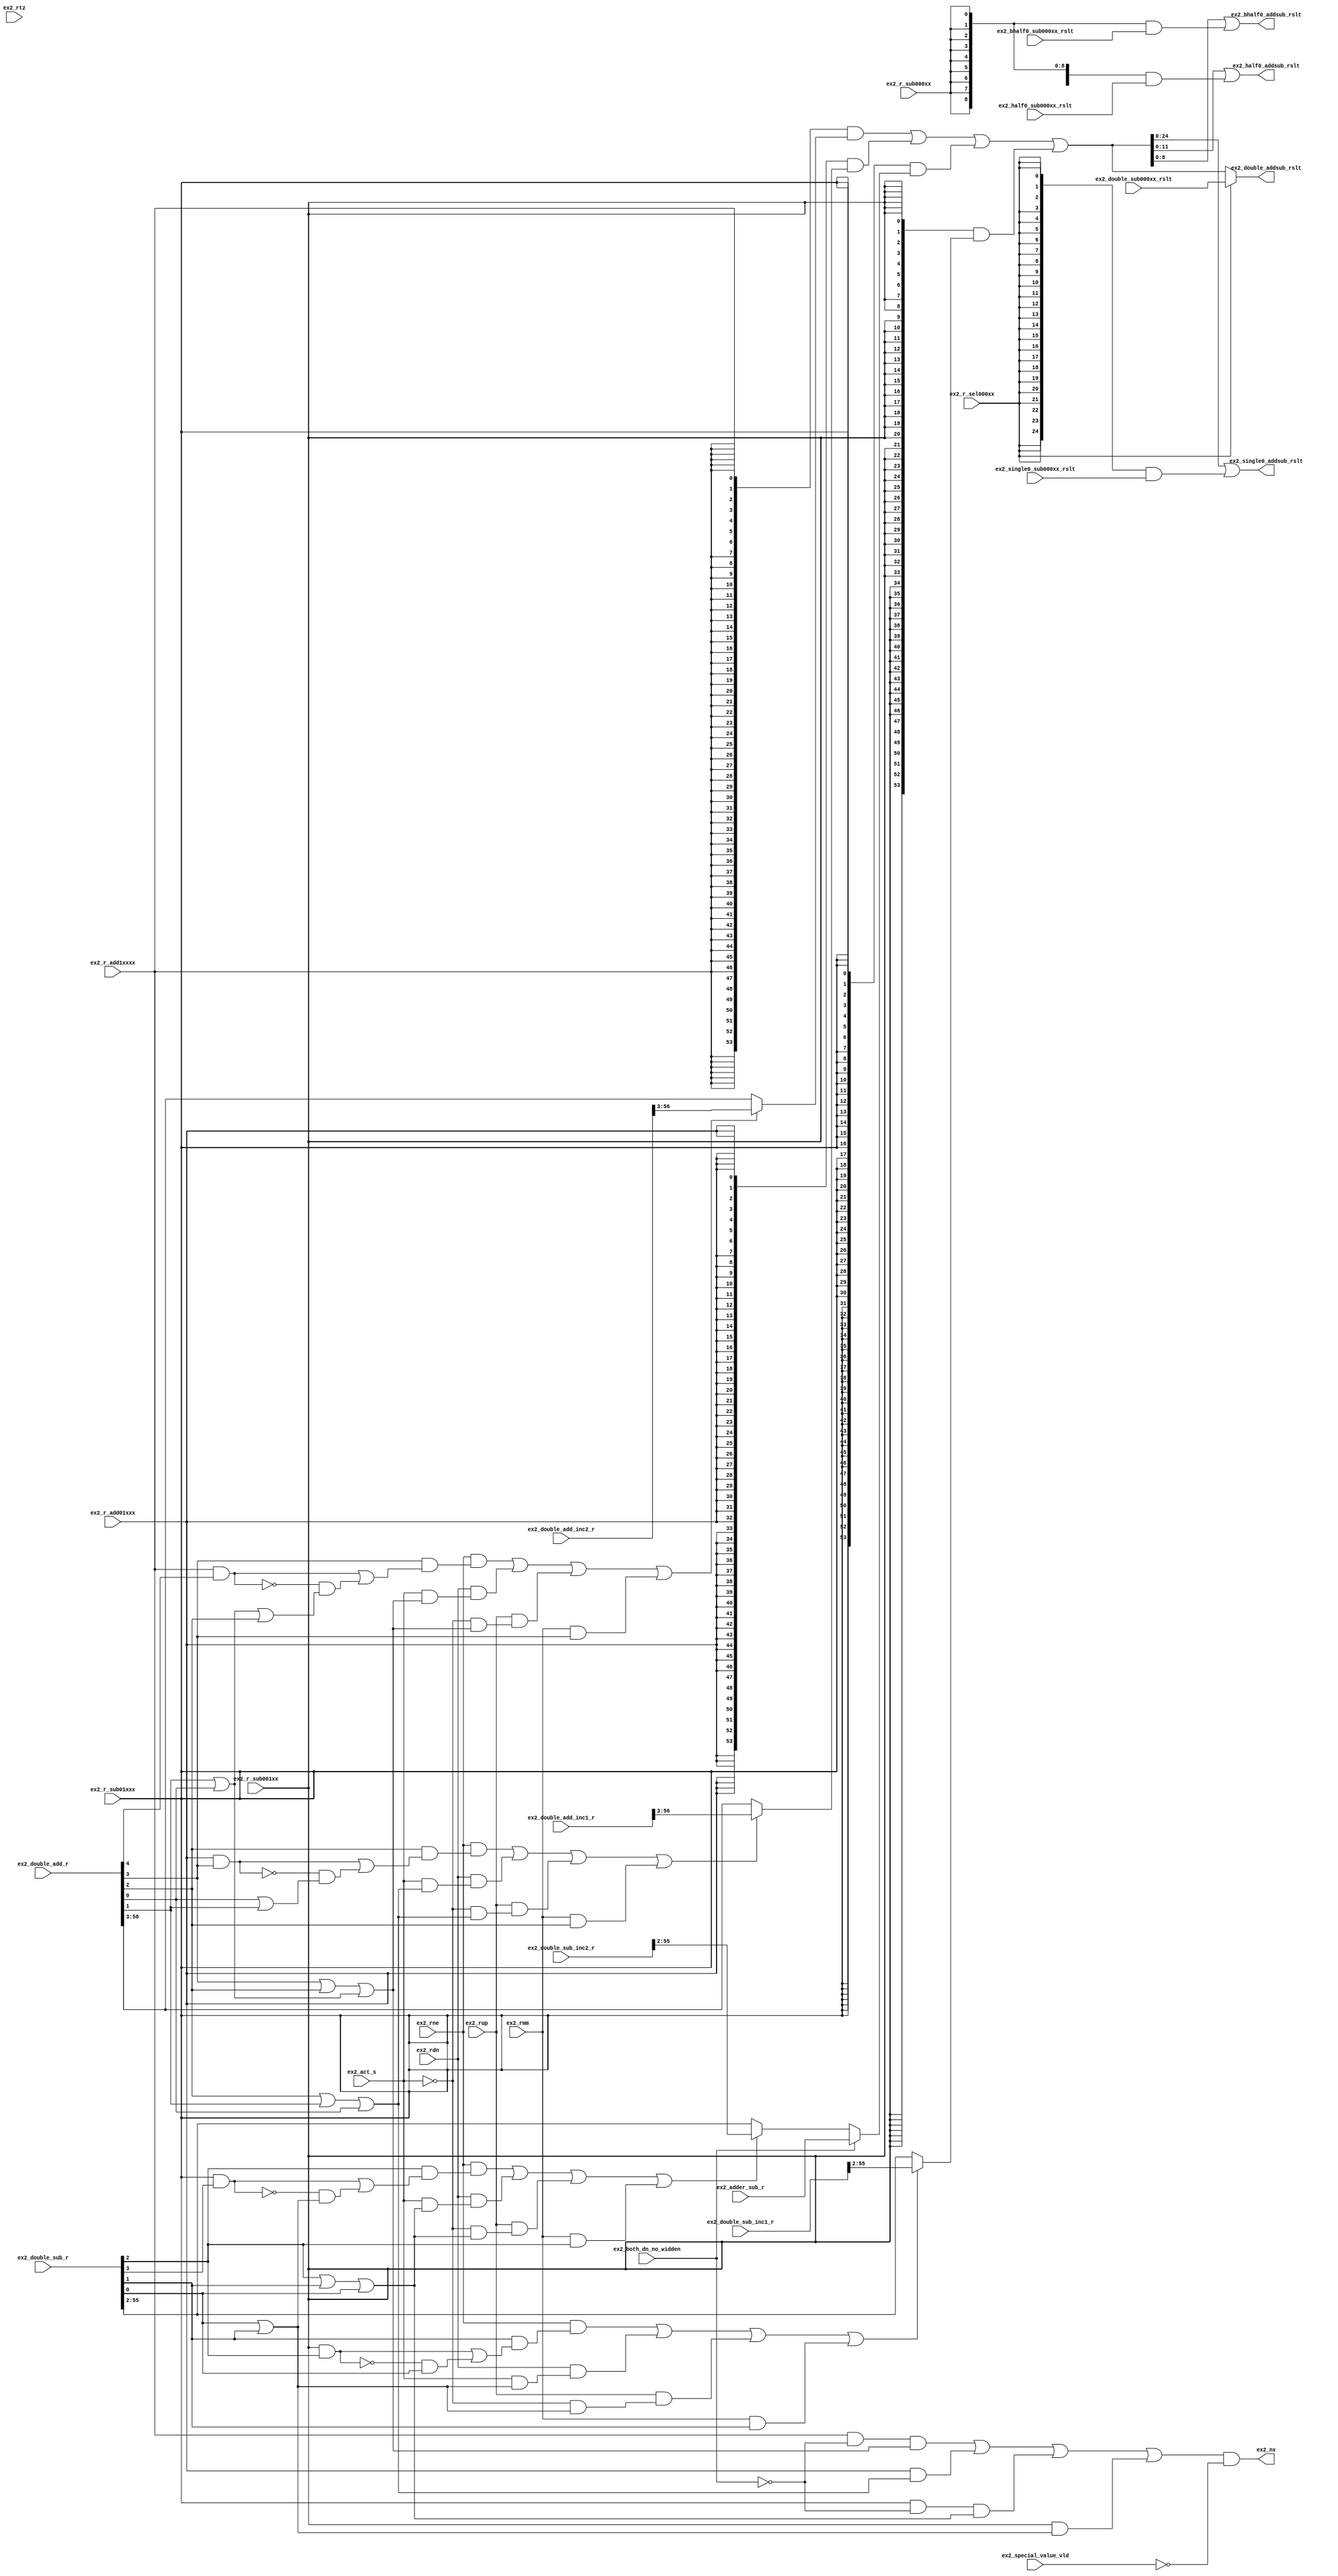
// This program was cloned from: https://github.com/T-head-Semi/openc906
// License: Apache License 2.0

/*Copyright 2020-2021 T-Head Semiconductor Co., Ltd.

Licensed under the Apache License, Version 2.0 (the "License");
you may not use this file except in compliance with the License.
You may obtain a copy of the License at

    http://www.apache.org/licenses/LICENSE-2.0

Unless required by applicable law or agreed to in writing, software
distributed under the License is distributed on an "AS IS" BASIS,
WITHOUT WARRANTIES OR CONDITIONS OF ANY KIND, either express or implied.
See the License for the specific language governing permissions and
limitations under the License.
*/

// &ModuleBeg; @26
module aq_fadd_double_round(
  ex2_act_s,
  ex2_adder_sub_r,
  ex2_bhalf0_addsub_rslt,
  ex2_bhalf0_sub000xx_rslt,
  ex2_both_dn_no_widden,
  ex2_double_add_inc1_r,
  ex2_double_add_inc2_r,
  ex2_double_add_r,
  ex2_double_addsub_rslt,
  ex2_double_sub000xx_rslt,
  ex2_double_sub_inc1_r,
  ex2_double_sub_inc2_r,
  ex2_double_sub_r,
  ex2_half0_addsub_rslt,
  ex2_half0_sub000xx_rslt,
  ex2_nx,
  ex2_r_add01xxx,
  ex2_r_add1xxxx,
  ex2_r_sel000xx,
  ex2_r_sub000xx,
  ex2_r_sub001xx,
  ex2_r_sub01xxx,
  ex2_rdn,
  ex2_rmm,
  ex2_rne,
  ex2_rtz,
  ex2_rup,
  ex2_single0_addsub_rslt,
  ex2_single0_sub000xx_rslt,
  ex2_special_value_vld
);

// &Ports; @27
input           ex2_act_s;                
input   [53:0]  ex2_adder_sub_r;          
input   [8 :0]  ex2_bhalf0_sub000xx_rslt; 
input           ex2_both_dn_no_widden;    
input   [56:0]  ex2_double_add_inc1_r;    
input   [56:0]  ex2_double_add_inc2_r;    
input   [56:0]  ex2_double_add_r;         
input   [53:0]  ex2_double_sub000xx_rslt; 
input   [56:0]  ex2_double_sub_inc1_r;    
input   [56:0]  ex2_double_sub_inc2_r;    
input   [56:0]  ex2_double_sub_r;         
input   [11:0]  ex2_half0_sub000xx_rslt;  
input           ex2_r_add01xxx;           
input           ex2_r_add1xxxx;           
input           ex2_r_sel000xx;           
input           ex2_r_sub000xx;           
input           ex2_r_sub001xx;           
input           ex2_r_sub01xxx;           
input           ex2_rdn;                  
input           ex2_rmm;                  
input           ex2_rne;                  
input           ex2_rtz;                  
input           ex2_rup;                  
input   [24:0]  ex2_single0_sub000xx_rslt; 
input           ex2_special_value_vld;    
output  [8 :0]  ex2_bhalf0_addsub_rslt;   
output  [53:0]  ex2_double_addsub_rslt;   
output  [11:0]  ex2_half0_addsub_rslt;    
output          ex2_nx;                   
output  [24:0]  ex2_single0_addsub_rslt;  

// &Regs; @28

// &Wires; @29
wire            ex2_act_s;                
wire            ex2_add01xxx_rdn_inc1;    
wire            ex2_add01xxx_rmm_inc1;    
wire            ex2_add01xxx_rne_inc1;    
wire            ex2_add01xxx_round_g;     
wire            ex2_add01xxx_round_inc1;  
wire            ex2_add01xxx_round_l;     
wire            ex2_add01xxx_round_r;     
wire            ex2_add01xxx_round_s;     
wire    [53:0]  ex2_add01xxx_rslt;        
wire            ex2_add01xxx_rtz_inc1;    
wire            ex2_add01xxx_rup_inc1;    
wire            ex2_add1xxxx_rdn_inc1;    
wire            ex2_add1xxxx_rmm_inc1;    
wire            ex2_add1xxxx_rne_inc1;    
wire            ex2_add1xxxx_round_g;     
wire            ex2_add1xxxx_round_inc1;  
wire            ex2_add1xxxx_round_l;     
wire            ex2_add1xxxx_round_r;     
wire            ex2_add1xxxx_round_s;     
wire    [53:0]  ex2_add1xxxx_rslt;        
wire            ex2_add1xxxx_rtz_inc1;    
wire            ex2_add1xxxx_rup_inc1;    
wire    [53:0]  ex2_adder_sub_r;          
wire    [8 :0]  ex2_bhalf0_addsub_rslt;   
wire    [8 :0]  ex2_bhalf0_sub000xx_rslt; 
wire            ex2_both_dn_no_widden;    
wire    [56:0]  ex2_double_add_inc1_r;    
wire    [56:0]  ex2_double_add_inc2_r;    
wire    [56:0]  ex2_double_add_r;         
wire    [53:0]  ex2_double_addsub_rslt;   
wire    [53:0]  ex2_double_sub000xx_rslt; 
wire    [56:0]  ex2_double_sub_inc1_r;    
wire    [56:0]  ex2_double_sub_inc2_r;    
wire    [56:0]  ex2_double_sub_r;         
wire    [11:0]  ex2_half0_addsub_rslt;    
wire    [11:0]  ex2_half0_sub000xx_rslt;  
wire            ex2_nx;                   
wire            ex2_r_add01xxx;           
wire            ex2_r_add1xxxx;           
wire            ex2_r_sel000xx;           
wire            ex2_r_sub000xx;           
wire            ex2_r_sub001xx;           
wire            ex2_r_sub01xxx;           
wire            ex2_rdn;                  
wire            ex2_rmm;                  
wire            ex2_rne;                  
wire            ex2_rtz;                  
wire            ex2_rup;                  
wire    [24:0]  ex2_single0_addsub_rslt;  
wire    [24:0]  ex2_single0_sub000xx_rslt; 
wire            ex2_special_value_vld;    
wire            ex2_sub001xx_rdn_inc1;    
wire            ex2_sub001xx_rmm_inc1;    
wire            ex2_sub001xx_rne_inc1;    
wire            ex2_sub001xx_round_g;     
wire            ex2_sub001xx_round_inc1;  
wire            ex2_sub001xx_round_l;     
wire            ex2_sub001xx_round_r;     
wire            ex2_sub001xx_round_s;     
wire    [53:0]  ex2_sub001xx_rslt;        
wire            ex2_sub001xx_rtz_inc1;    
wire            ex2_sub001xx_rup_inc1;    
wire            ex2_sub01xxx_rdn_inc1;    
wire            ex2_sub01xxx_rmm_inc1;    
wire            ex2_sub01xxx_rne_inc1;    
wire            ex2_sub01xxx_round_g;     
wire            ex2_sub01xxx_round_inc1;  
wire            ex2_sub01xxx_round_l;     
wire            ex2_sub01xxx_round_r;     
wire            ex2_sub01xxx_round_s;     
wire    [53:0]  ex2_sub01xxx_rslt;        
wire            ex2_sub01xxx_rtz_inc1;    
wire            ex2_sub01xxx_rup_inc1;    
wire    [53:0]  tmp_rnd_path_rslt;        



// &Force("bus","ex2_double_add_inc1_r",56,0); @32
// &Force("bus","ex2_double_add_inc2_r",56,0); @33
// &Force("bus","ex2_double_sub_inc1_r",56,0); @34
// &Force("bus","ex2_double_sub_inc2_r",56,0); @35
// &Force("bus","ex2_double_sub_r",56,0); @36
assign ex2_add1xxxx_round_g  = ex2_double_add_r[3]; 
assign ex2_sub001xx_round_g  = ex2_double_sub_r[1]; 
assign ex2_add01xxx_round_g  = ex2_double_add_r[2];
assign ex2_sub01xxx_round_g  = ex2_double_sub_r[2];

assign ex2_add1xxxx_round_r  = ex2_double_add_r[2];
assign ex2_sub001xx_round_r  = ex2_double_sub_r[0];
assign ex2_add01xxx_round_r  = ex2_double_add_r[1];
assign ex2_sub01xxx_round_r  = ex2_double_sub_r[1];

assign ex2_add1xxxx_round_s  = (ex2_double_add_r[1]  
                                | ex2_double_add_r[0]);
assign ex2_sub001xx_round_s  = 1'b0;
assign ex2_add01xxx_round_s  = ex2_double_add_r[0];
assign ex2_sub01xxx_round_s  = ex2_double_sub_r[0];

assign ex2_add1xxxx_round_l  = ex2_r_add1xxxx & ex2_double_add_r[4]; 
assign ex2_sub001xx_round_l  = ex2_r_sub001xx & ex2_double_sub_r[2];
assign ex2_add01xxx_round_l  = ex2_r_add01xxx & ex2_double_add_r[3]; 
assign ex2_sub01xxx_round_l  = ex2_r_sub01xxx & ex2_double_sub_r[3];



assign ex2_add1xxxx_rne_inc1   = ex2_add1xxxx_round_g && 
                                (ex2_add1xxxx_round_l 
                                 || !ex2_add1xxxx_round_l && 
                                    (ex2_add1xxxx_round_s || ex2_add1xxxx_round_r));
assign ex2_add1xxxx_rtz_inc1   = 1'b0;
assign ex2_add1xxxx_rdn_inc1   = ex2_act_s  && (ex2_add1xxxx_round_g || ex2_add1xxxx_round_r || ex2_add1xxxx_round_s);
assign ex2_add1xxxx_rup_inc1   = !ex2_act_s && (ex2_add1xxxx_round_g || ex2_add1xxxx_round_r || ex2_add1xxxx_round_s);
assign ex2_add1xxxx_rmm_inc1   = ex2_add1xxxx_round_g;
assign ex2_add1xxxx_round_inc1 = ex2_rne && ex2_add1xxxx_rne_inc1 ||
                                 ex2_rtz && ex2_add1xxxx_rtz_inc1 ||
                                 ex2_rdn && ex2_add1xxxx_rdn_inc1 ||
                                 ex2_rup && ex2_add1xxxx_rup_inc1 ||
                                 ex2_rmm && ex2_add1xxxx_rmm_inc1;
//add 1.xxxx round 
assign ex2_add01xxx_rne_inc1 = ex2_add01xxx_round_g && 
                              (ex2_add01xxx_round_l 
                               || !ex2_add01xxx_round_l && 
                                  (ex2_add01xxx_round_s || ex2_add01xxx_round_r));
assign ex2_add01xxx_rtz_inc1 = 1'b0;
assign ex2_add01xxx_rdn_inc1 = ex2_act_s  && (ex2_add01xxx_round_g || ex2_add01xxx_round_r || ex2_add01xxx_round_s);
assign ex2_add01xxx_rup_inc1 = !ex2_act_s && (ex2_add01xxx_round_g || ex2_add01xxx_round_r || ex2_add01xxx_round_s);
assign ex2_add01xxx_rmm_inc1 = ex2_add01xxx_round_g;
assign ex2_add01xxx_round_inc1 = ex2_rne && ex2_add01xxx_rne_inc1 ||
                                 ex2_rtz && ex2_add01xxx_rtz_inc1 ||
                                 ex2_rdn && ex2_add01xxx_rdn_inc1 ||
                                 ex2_rup && ex2_add01xxx_rup_inc1 ||
                                 ex2_rmm && ex2_add01xxx_rmm_inc1;
// add sub1.xxxx round                        
assign ex2_sub01xxx_rne_inc1 = ex2_sub01xxx_round_g && 
                              (ex2_sub01xxx_round_l 
                               || !ex2_sub01xxx_round_l && 
                                  (ex2_sub01xxx_round_s || ex2_sub01xxx_round_r));
assign ex2_sub01xxx_rtz_inc1 = 1'b0;
assign ex2_sub01xxx_rdn_inc1 = ex2_act_s  && (ex2_sub01xxx_round_g || ex2_sub01xxx_round_r || ex2_sub01xxx_round_s);
assign ex2_sub01xxx_rup_inc1 = !ex2_act_s && (ex2_sub01xxx_round_g || ex2_sub01xxx_round_r || ex2_sub01xxx_round_s);
assign ex2_sub01xxx_rmm_inc1 = ex2_sub01xxx_round_g;
assign ex2_sub01xxx_round_inc1 = ex2_rne && ex2_sub01xxx_rne_inc1 ||
                        ex2_rtz && ex2_sub01xxx_rtz_inc1 ||
                        ex2_rdn && ex2_sub01xxx_rdn_inc1 ||
                        ex2_rup && ex2_sub01xxx_rup_inc1 ||
                        ex2_rmm && ex2_sub01xxx_rmm_inc1;

// add sub0.1xxxx round                        
assign ex2_sub001xx_rne_inc1 = ex2_sub001xx_round_g && 
                              (ex2_sub001xx_round_l 
                               || !ex2_sub001xx_round_l && 
                                  (ex2_sub001xx_round_s || ex2_sub001xx_round_r));
assign ex2_sub001xx_rtz_inc1 = 1'b0;
assign ex2_sub001xx_rdn_inc1 = ex2_act_s  && (ex2_sub001xx_round_g || ex2_sub001xx_round_r || ex2_sub001xx_round_s);
assign ex2_sub001xx_rup_inc1 = !ex2_act_s && (ex2_sub001xx_round_g || ex2_sub001xx_round_r || ex2_sub001xx_round_s);
assign ex2_sub001xx_rmm_inc1 = ex2_sub001xx_round_g;
assign ex2_sub001xx_round_inc1 = ex2_rne && ex2_sub001xx_rne_inc1 ||
                                 ex2_rtz && ex2_sub001xx_rtz_inc1 ||
                                 ex2_rdn && ex2_sub001xx_rdn_inc1 ||
                                 ex2_rup && ex2_sub001xx_rup_inc1 ||
                                 ex2_rmm && ex2_sub001xx_rmm_inc1;


assign ex2_add1xxxx_rslt[53:0]  = ex2_add1xxxx_round_inc1 ? ex2_double_add_inc2_r[56:3]
                                                          : ex2_double_add_r[56:3];
assign ex2_add01xxx_rslt[53:0]  = ex2_add01xxx_round_inc1 ? ex2_double_add_inc1_r[56:3]
                                                          : ex2_double_add_r[56:3];

assign ex2_sub01xxx_rslt[53:0]  = ex2_both_dn_no_widden   ? ex2_adder_sub_r[53:0] : 
                                  ex2_sub01xxx_round_inc1 ? ex2_double_sub_inc2_r[55:2]  
                                                          : ex2_double_sub_r[55:2];
assign ex2_sub001xx_rslt[53:0]  = ex2_sub001xx_round_inc1 ? ex2_double_sub_inc1_r[55:2]
                                                          : ex2_double_sub_r[55:2];

assign tmp_rnd_path_rslt[53:0]  = {54{ex2_r_add1xxxx}} & ex2_add1xxxx_rslt[53:0] |
                                  {54{ex2_r_add01xxx}} & ex2_add01xxx_rslt[53:0] |
                                  {54{ex2_r_sub01xxx}} & ex2_sub01xxx_rslt[53:0] |
                                  {54{ex2_r_sub001xx}} & ex2_sub001xx_rslt[53:0];

assign ex2_double_addsub_rslt[53:0]  = ex2_r_sel000xx ? ex2_double_sub000xx_rslt[53:0]
                                                      : tmp_rnd_path_rslt[53:0];
assign ex2_single0_addsub_rslt[24:0] = tmp_rnd_path_rslt[24:0] |
                                      {25{ex2_r_sel000xx}} & ex2_single0_sub000xx_rslt[24:0];
assign ex2_half0_addsub_rslt[11:0]   = tmp_rnd_path_rslt[11:0] |
                                      {12{ex2_r_sub000xx}} & ex2_half0_sub000xx_rslt[11:0];
assign ex2_bhalf0_addsub_rslt[8:0]  = tmp_rnd_path_rslt[8:0] |
                                      {9{ex2_r_sub000xx}} & ex2_bhalf0_sub000xx_rslt[8:0];  

assign ex2_nx      = (ex2_r_add1xxxx && !ex2_both_dn_no_widden && (ex2_add1xxxx_round_g || ex2_add1xxxx_round_r || ex2_add1xxxx_round_s) || 
                      ex2_r_add01xxx && (ex2_add01xxx_round_g || ex2_add01xxx_round_r || ex2_add01xxx_round_s) || 
                      ex2_r_sub01xxx && !ex2_both_dn_no_widden && (ex2_sub01xxx_round_g || ex2_sub01xxx_round_r || ex2_sub01xxx_round_s) || 
                      ex2_r_sub001xx && (ex2_sub001xx_round_g || ex2_sub001xx_round_r || ex2_sub001xx_round_s)) && !ex2_special_value_vld;


// &ModuleEnd; @149
endmodule